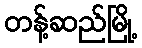
တန့်ဆည်မြို့